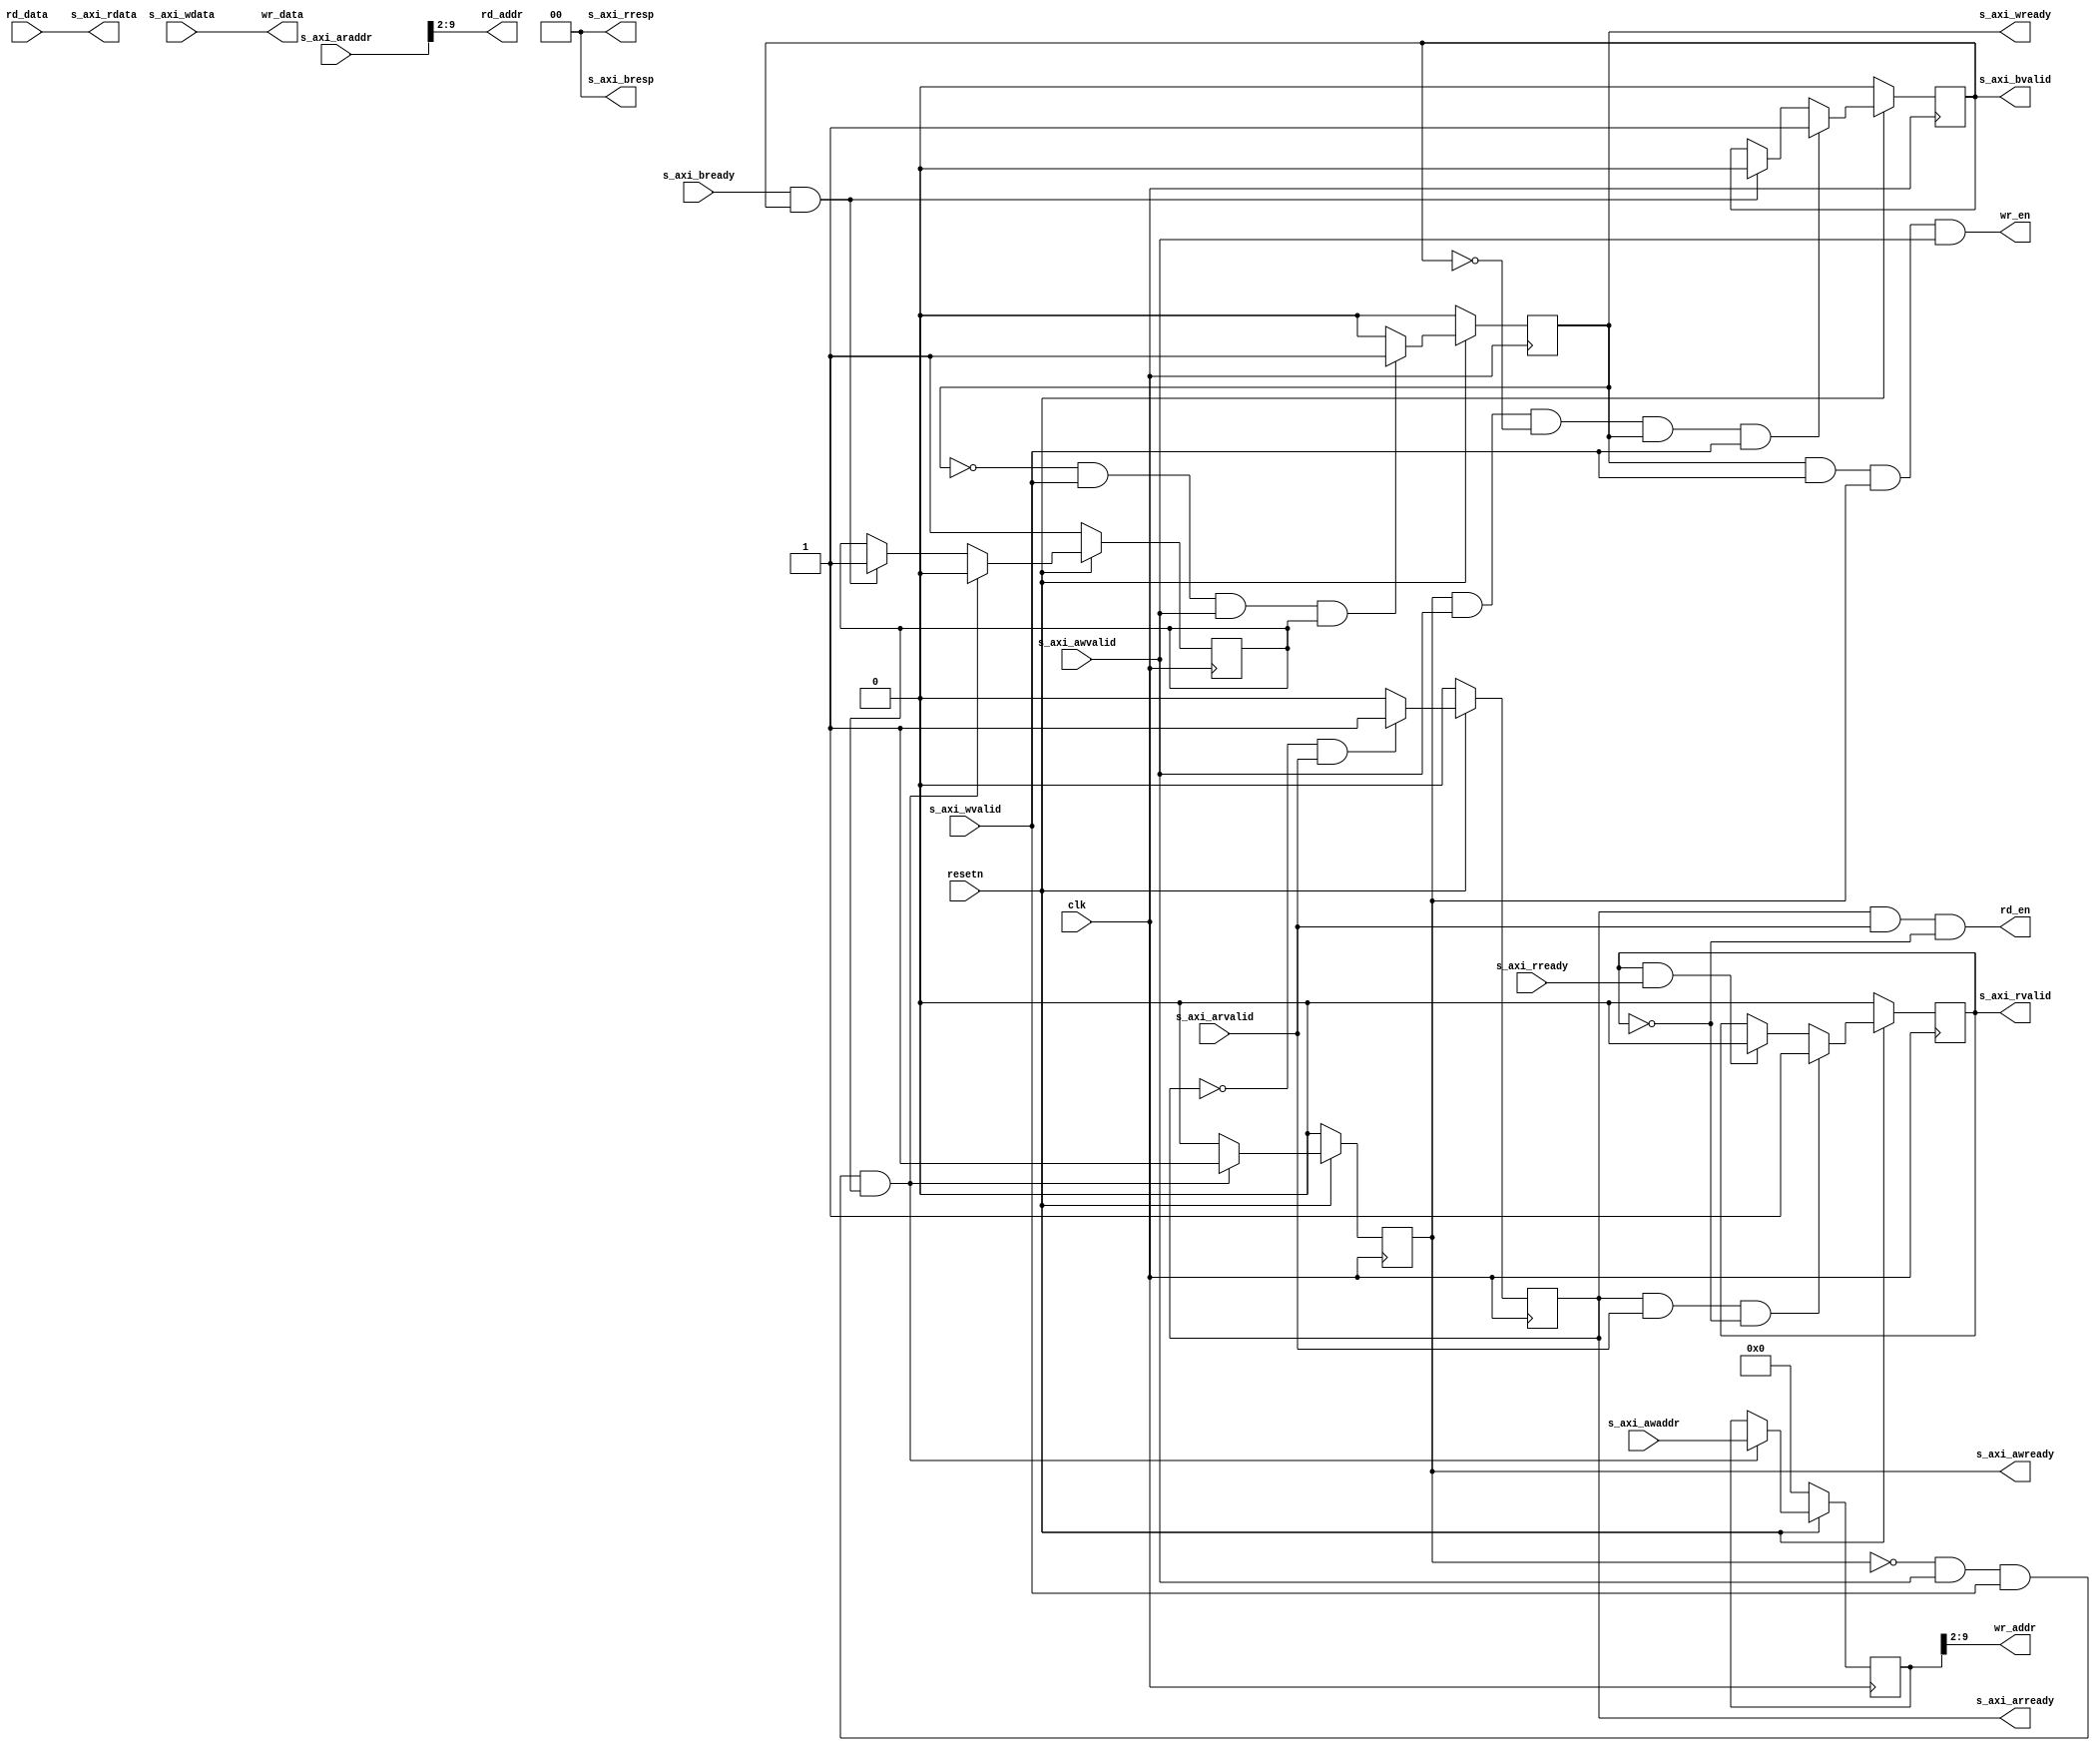
module axilite2regctl #
(
	// Width of S_AXI data bus
	parameter integer C_DATA_WIDTH	= 32,
	// Width of S_AXI address bus
	parameter integer C_ADDR_WIDTH	= 10,
	// Width of REG address
	parameter integer C_REG_IDX_WIDTH = 8

)
(
	input wire  clk,
	input wire  resetn,

	/// reg ctl interface
	output rd_en,
	output [C_REG_IDX_WIDTH-1:0] rd_addr,
	input [C_DATA_WIDTH-1:0] rd_data,

	output wr_en,
	output [C_REG_IDX_WIDTH-1:0] wr_addr,
	output [C_DATA_WIDTH-1:0] wr_data,

	/// slave axi lite
	input wire [C_ADDR_WIDTH-1 : 0] s_axi_awaddr,
	input wire  s_axi_awvalid,
	output wire  s_axi_awready,
	input wire [C_DATA_WIDTH-1 : 0] s_axi_wdata,
	input wire  s_axi_wvalid,
	output wire  s_axi_wready,
	output wire [1 : 0] s_axi_bresp,
	output wire  s_axi_bvalid,
	input wire  s_axi_bready,
	input wire [C_ADDR_WIDTH-1 : 0] s_axi_araddr,
	input wire  s_axi_arvalid,
	output wire  s_axi_arready,
	output wire [C_DATA_WIDTH-1 : 0] s_axi_rdata,
	output wire [1 : 0] s_axi_rresp,
	output wire  s_axi_rvalid,
	input wire  s_axi_rready
);

	// AXI4LITE signals
	reg [C_ADDR_WIDTH-1 : 0] 	axi_awaddr;
	reg  	axi_awready;
	reg  	axi_wready;
	reg  	axi_bvalid;
	reg  	axi_arready;
	reg  	axi_rvalid;

	wire	 slv_reg_rden;
	wire	 slv_reg_wren;
	integer	 byte_index;
	reg	 aw_en;

	/**
	 * read/write interface
	 */
	assign rd_en = slv_reg_rden;
	assign rd_addr = s_axi_araddr[C_ADDR_WIDTH-1:C_ADDR_WIDTH-C_REG_IDX_WIDTH];
	assign wr_addr = axi_awaddr[C_ADDR_WIDTH-1:C_ADDR_WIDTH-C_REG_IDX_WIDTH];
	assign wr_en = slv_reg_wren;
	assign wr_data = s_axi_wdata;

	// I/O Connections assignments

	assign s_axi_awready	= axi_awready;
	assign s_axi_wready	= axi_wready;
	assign s_axi_bresp	= 0;
	assign s_axi_bvalid	= axi_bvalid;
	assign s_axi_arready	= axi_arready;
	assign s_axi_rdata	= rd_data;
	assign s_axi_rresp	= 0;
	assign s_axi_rvalid	= axi_rvalid;
	// Implement axi_awready generation
	// axi_awready is asserted for one clk clock cycle when both
	// s_axi_awvalid and s_axi_wvalid are asserted. axi_awready is
	// de-asserted when reset is low.

	always @( posedge clk )
	begin
		if ( resetn == 1'b0 ) begin
			axi_awready <= 1'b0;
			aw_en <= 1'b1;
		end
		else if (~axi_awready && s_axi_awvalid && s_axi_wvalid && aw_en) begin
			axi_awready <= 1'b1;
			aw_en <= 1'b0;
		end
		else if (s_axi_bready && axi_bvalid) begin
			aw_en <= 1'b1;
			axi_awready <= 1'b0;
		end
		else begin
			axi_awready <= 1'b0;
		end
	end

	// Implement axi_awaddr latching
	// This process is used to latch the address when both
	// s_axi_awvalid and s_axi_wvalid are valid.

	always @( posedge clk )
	begin
		if ( resetn == 1'b0 )
			axi_awaddr <= 0;
		else if (~axi_awready && s_axi_awvalid && s_axi_wvalid && aw_en)
			axi_awaddr <= s_axi_awaddr;
		else
			axi_awaddr <= axi_awaddr;
	end

	// Implement axi_wready generation
	// axi_wready is asserted for one clk clock cycle when both
	// s_axi_awvalid and s_axi_wvalid are asserted. axi_wready is
	// de-asserted when reset is low.

	always @( posedge clk ) begin
		if ( resetn == 1'b0 )
			axi_wready <= 1'b0;
		else if (~axi_wready && s_axi_wvalid && s_axi_awvalid && aw_en )
			axi_wready <= 1'b1;
		else
			axi_wready <= 1'b0;
	end

	// Implement memory mapped register select and write logic generation
	// The write data is accepted and written to memory mapped registers when
	// axi_awready, s_axi_wvalid, axi_wready and s_axi_wvalid are asserted. Write strobes are used to
	// select byte enables of slave registers while writing.
	// These registers are cleared when reset (active low) is applied.
	// Slave register write enable is asserted when valid address and data are available
	// and the slave is ready to accept the write address and write data.
	assign slv_reg_wren = axi_wready && s_axi_wvalid && axi_awready && s_axi_awvalid;

	// Implement write response logic generation
	// The write response and response valid signals are asserted by the slave
	// when axi_wready, s_axi_wvalid, axi_wready and s_axi_wvalid are asserted.
	// This marks the acceptance of address and indicates the status of
	// write transaction.

	always @( posedge clk )
	begin
		if ( resetn == 1'b0 )
			axi_bvalid  <= 0;
		else if (axi_awready && s_axi_awvalid && ~axi_bvalid && axi_wready && s_axi_wvalid)
			axi_bvalid <= 1'b1;
		else if (s_axi_bready && axi_bvalid)
			axi_bvalid <= 1'b0;
	end

	// Implement axi_arready generation
	// axi_arready is asserted for one clk clock cycle when
	// s_axi_arvalid is asserted. axi_awready is
	// de-asserted when reset (active low) is asserted.
	// The read address is also latched when s_axi_arvalid is
	// asserted. axi_araddr is reset to zero on reset assertion.

	always @( posedge clk ) begin
		if ( resetn == 1'b0 )
			axi_arready <= 1'b0;
		else if (~axi_arready && s_axi_arvalid)
			// indicates that the slave has acceped the valid read address
			axi_arready <= 1'b1;
		else
			axi_arready <= 1'b0;
	end

	// Implement axi_arvalid generation
	// axi_rvalid is asserted for one clk clock cycle when both
	// s_axi_arvalid and axi_arready are asserted. The slave registers
	// data are available on the axi_rdata bus at this instance. The
	// assertion of axi_rvalid marks the validity of read data on the
	// bus and axi_rresp indicates the status of read transaction.axi_rvalid
	// is deasserted on reset (active low). axi_rresp and axi_rdata are
	// cleared to zero on reset (active low).
	always @( posedge clk ) begin
		if ( resetn == 1'b0 )
			axi_rvalid <= 0;
		else if (axi_arready && s_axi_arvalid && ~axi_rvalid)
			axi_rvalid <= 1'b1;
		else if (axi_rvalid && s_axi_rready)
			axi_rvalid <= 1'b0;
	end

	// Implement memory mapped register select and read logic generation
	// Slave register read enable is asserted when valid address is available
	// and the slave is ready to accept the read address.
	assign slv_reg_rden = axi_arready & s_axi_arvalid & ~axi_rvalid;
endmodule